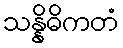
သန္နိဓိကတံ